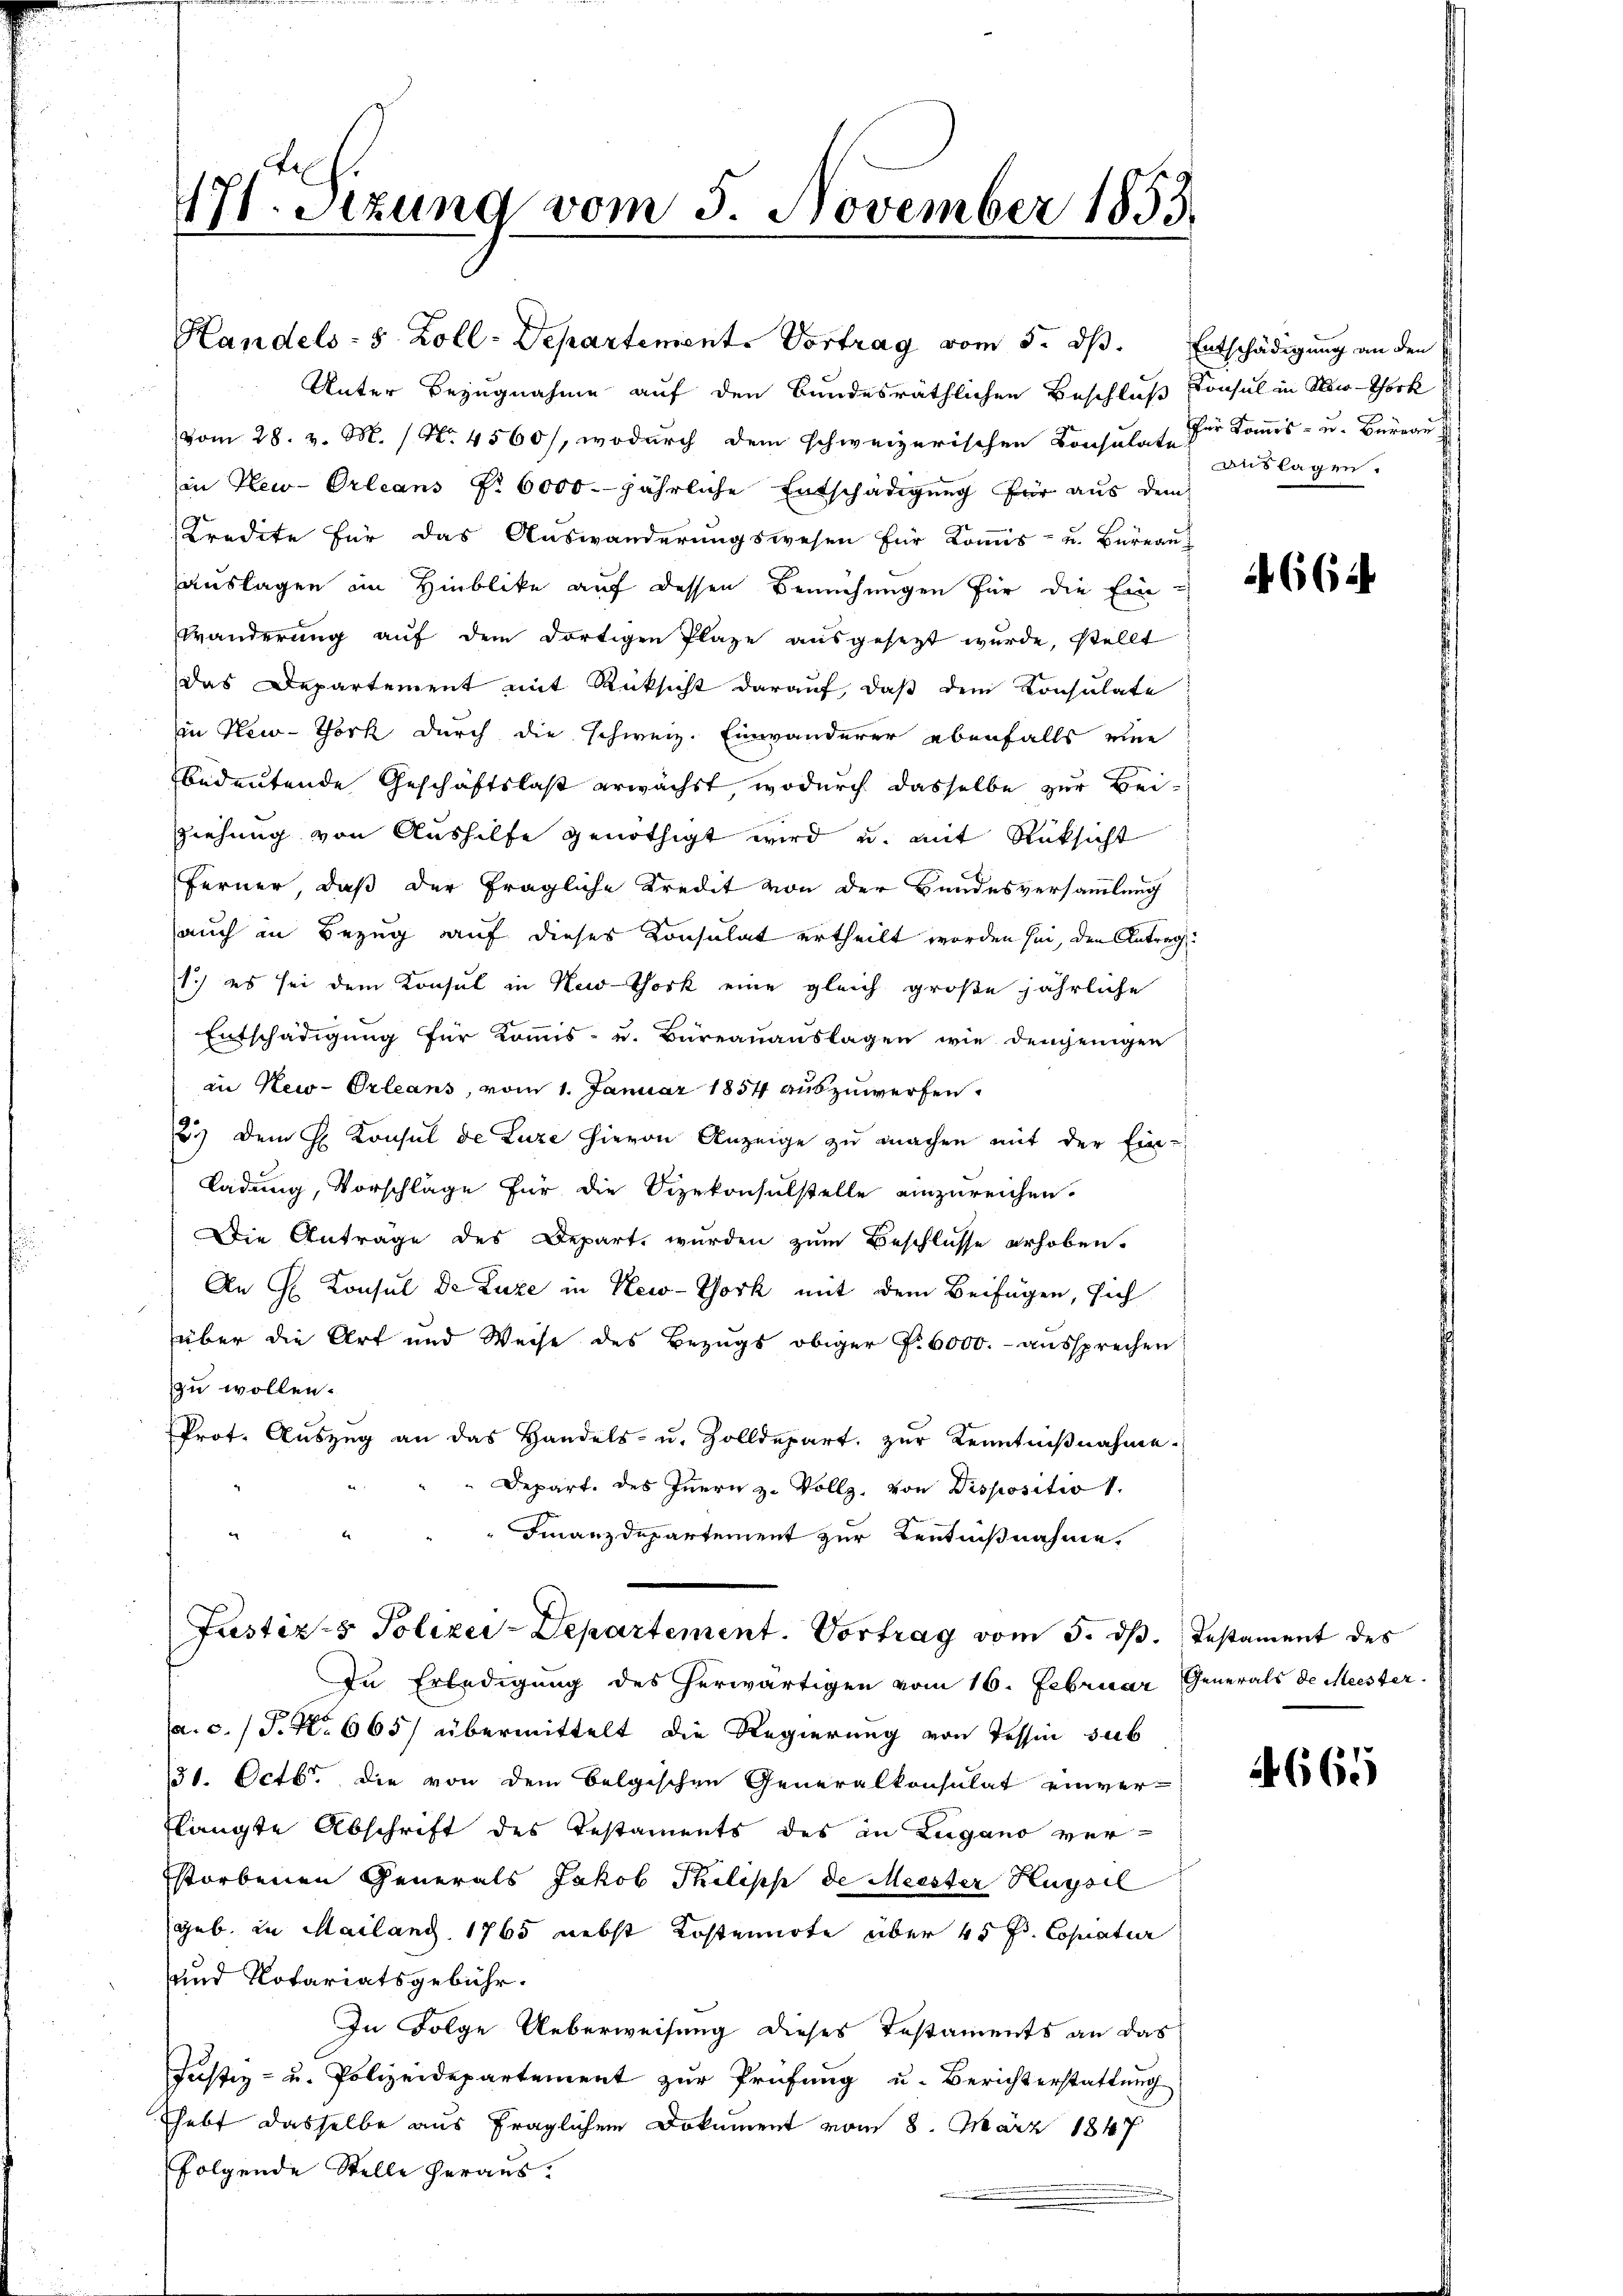
4
11. Szung vom 5. November 1853.

Handels- 8 Zoll-Departement. Vortrag vom 5. dß. Entschädigung an den
Unter Bezugnahme auf den Bundesräthlichen Beschluß Konsul in New-York
vom 28. v. M. / No. 4560), wodurch dem schweizerischen Consulate der Kommis- u. Beier
in New-Orleans No 6000. jährliche Entschädigung für aus dem
Kredite für das Auswanderungswesen für Kommis- u. Büreau
auslagen im Hinblike auf dessen Bemühungen für die Ein-
Wänderung auf dem dortigen Plaze ausgesezt wurde, stellt
das Departement mit Rücksicht darauf, daß dem Konsulate
in New-Thork durch die schweiz. Einwanderer ebenfalls eine
bedeutende Geschäftslast erwächst, wodurch dasselbe zur Bei-
Ziehung von Aushilfe genöthigt wird, u. mit Rüksicht
Ferner, daß der fragliche Kredit von der Bundesversammlung
auch in Bezug auf dieses Consulat ertheilt worden sei, den Antrag
1.) es sei dem Konsul in Nothork eine gleich große jährliche
Entschädigung für Kommis- u. Büreauauslagen wie denjenigen
in New-Orleans, vom 1. Januar 1854 auszuwerfen.
2.) Dem H. Konsul de Luze hievon Anzeige zu machen mit der Ein-
Ladung, Vorschläge für die Vizekonsulstelle einzureichen.
Die Anträge des Depart, wurden zum Beschlüsse erhoben.
An G. Konsul de Luze in New-York mit dem Beifügen, sich
über die Art und Weise des Bezugs obiger P. 6000.- aussprechen
zu wollen.
Prot. Aŭszŭg an das Handels- u. Zolldepart. zŭr Kenntniβnahme.
Depart. des Innern zu Vollz, von Dispositio 1.
Finanzdepartement zur Kenntnißnahme
Justiz- & Polizei-Departement. Vortrag vom 5. dß. Testament des
In Erledigung des herwärtigen vom 16. Februar Generals de Meister.
a. c. P. Nr. 665) übermittelt die Regierung von Tessin sub
131. Octbr. die von dem belgischen Generalkonsulat einver-
flangte Abschrift des Testaments des in Lugano verstorbenen Generals Jakob Philisch de Meister Hugsil
geb. in Mailand 1765 nebst Kostennote über 45 f. Copiatur
und Notariatsgebühr.
In Folge Ueberweisung dieses Testaments an das
Justiz- u. Polizeidepartement zur Prüfung u. Berichterstattung
hebt dasselbe aus fraglichen Dokument vom 8. März 1847
folgende Stelle heraus.

auslagen.

664

665